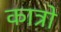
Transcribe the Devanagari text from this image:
कात्रो